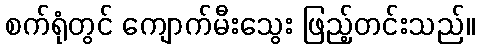
စက်ရုံတွင် ကျောက်မီးသွေး ဖြည့်တင်းသည်။